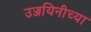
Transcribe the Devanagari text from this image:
उज्जयिनीच्या